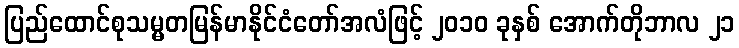
ပြည်ထောင်စုသမ္မတမြန်မာနိုင်ငံတော်အလံဖြင့် ၂၀၁၀ ခုနှစ် အောက်တိုဘာလ ၂၁